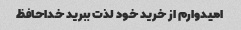
امیدوارم از خرید خود لذت ببرید خداحافظ